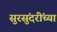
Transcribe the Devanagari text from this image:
सुरसुंदरींच्या